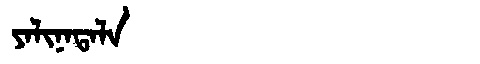
Manchu: ᠶᠠᠯᡳᠨᠠᡨᠠᠯᠠ
Romanization: YALINATALA